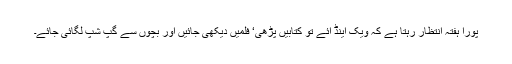
پورا ہفتہ انتظار رہتا ہے کہ ویک اینڈ آئے تو کتابیں پڑھی‘ فلمیں دیکھی جائیں اور بچوں سے گپ شپ لگائی جائے۔